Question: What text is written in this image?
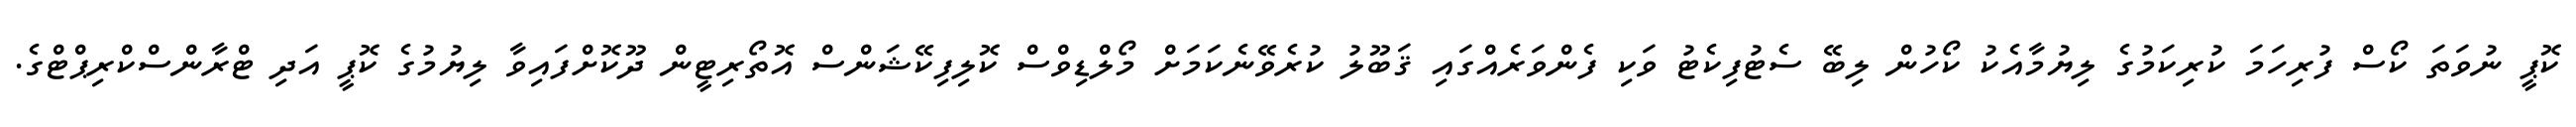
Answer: ކޮޕީ ނުވަތަ ކޯސް ފުރިހަމަ ކުރިކަމުގެ ލިޔުމާއެކު ކޯހުން ލިބޭ ސެޓުފިކެޓު ވަކި ފެންވަރެއްގައި ޤަބޫލު ކުރެވޭނެކަމަށް މޯލްޑިވްސް ކޮލިފިކޭޝަންސް އޮތޯރިޓީން ދޫކޮށްފައިވާ ލިޔުމުގެ ކޮޕީ އަދި ޓްރާންސްކްރިޕްޓްގެ.